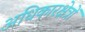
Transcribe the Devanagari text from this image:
अधिकारक्षेत्रों